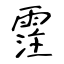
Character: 霔